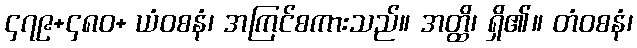
၄၇၉+၄၈၀+ ယံဝစနံ၊ အကြင်စကားသည်။ အတ္ထိ၊ ရှိ၏။ တံဝစနံ၊